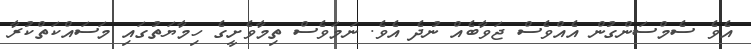
އެވެ ސެމްސަންގުން އެއްވެސް ޖަވާބެއް ނުދެ އެވެ. ނަމަވެސް ތިމާވެށީގެ ހިމާޔަތުގައި މަސައްކަތްކުރާ